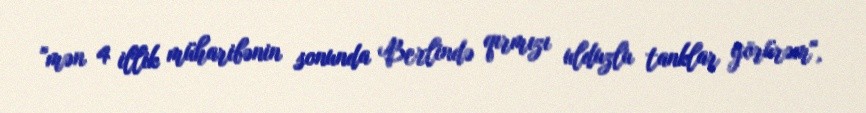
"mən 4 illik müharibənin sonunda Berlində qırmızı ulduzlu tanklar görürəm",